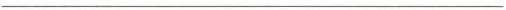
___